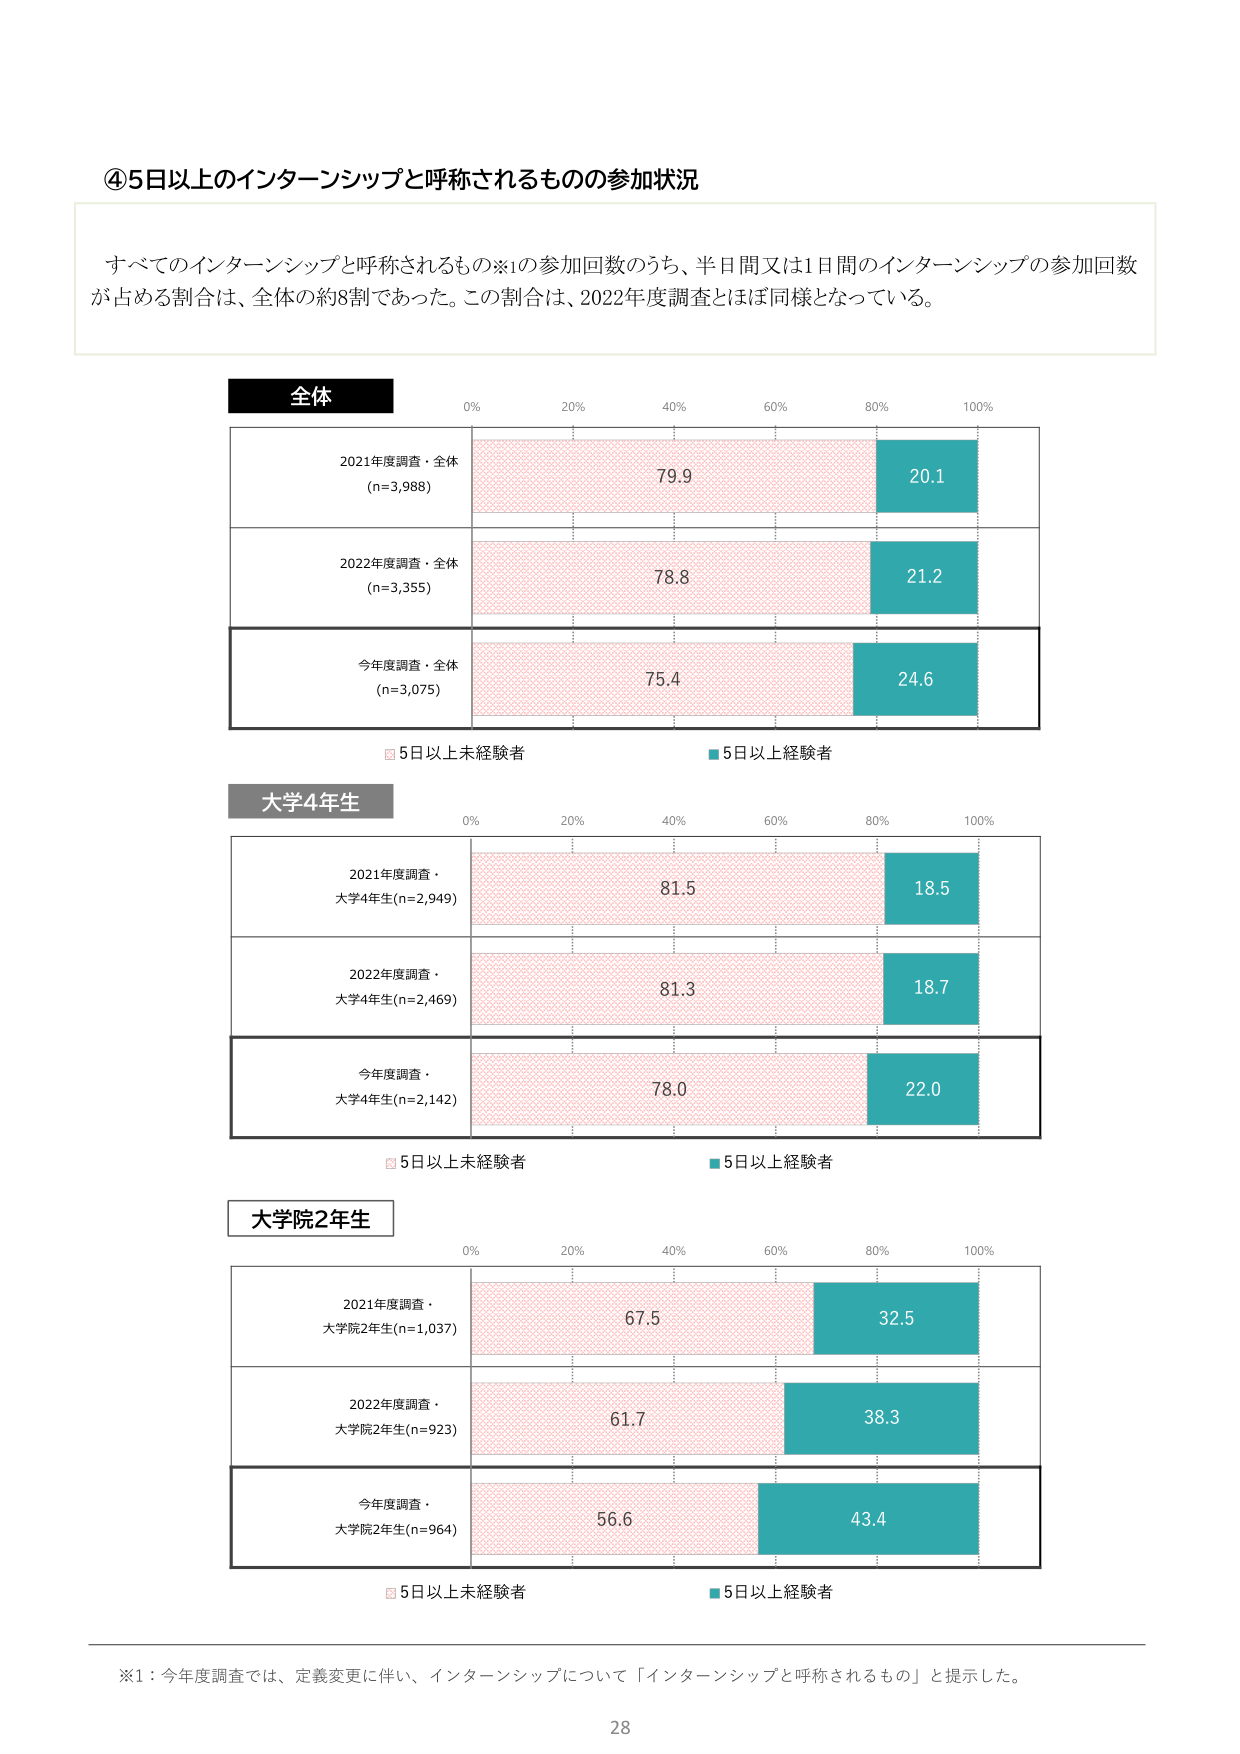
④5日以上のインターンシップと呼称されるものの参加状況

すべてのインターンシップと呼称されるもの※1の参加回数のうち、半日間又は1日間のインターンシップの参加回数が占める割合は、全体の約8割であった。この割合は、2022年度調査とほぼ同様となっている。

全体
0% 20% 40% 60% 80% 100%
2021年度調査・全体 (n=3,988) 79.9 20.1
2022年度調査・全体 (n=3,355) 78.8 21.2
今年度調査・全体 (n=3,075) 75.4 24.6
■5日以上未経験者 ■5日以上経験者

大学4年生
0% 20% 40% 60% 80% 100%
2021年度調査・大学4年生(n=2,949) 81.5 18.5
2022年度調査・大学4年生(n=2,469) 81.3 18.7
今年度調査・大学4年生(n=2,142) 78.0 22.0
■5日以上未経験者 ■5日以上経験者

大学院2年生
0% 20% 40% 60% 80% 100%
2021年度調査・大学院2年生(n=1,037) 67.5 32.5
2022年度調査・大学院2年生(n=923) 61.7 38.3
今年度調査・大学院2年生(n=964) 56.6 43.4
■5日以上未経験者 ■5日以上経験者

※1：今年度調査では、定義変更に伴い、インターンシップについて「インターンシップと呼称されるもの」と提示した。

28